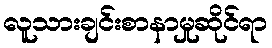
လူသားချင်းစာနာမှုဆိုင်ရာ